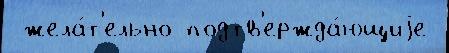
 жела́т'ельно подтв'ержда́ющиjе